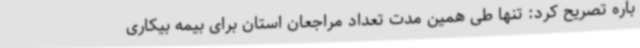
باره تصریح کرد: تنها طی همین مدت تعداد مراجعان استان برای بیمه بیکاری